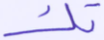
تك